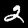
Label: 2